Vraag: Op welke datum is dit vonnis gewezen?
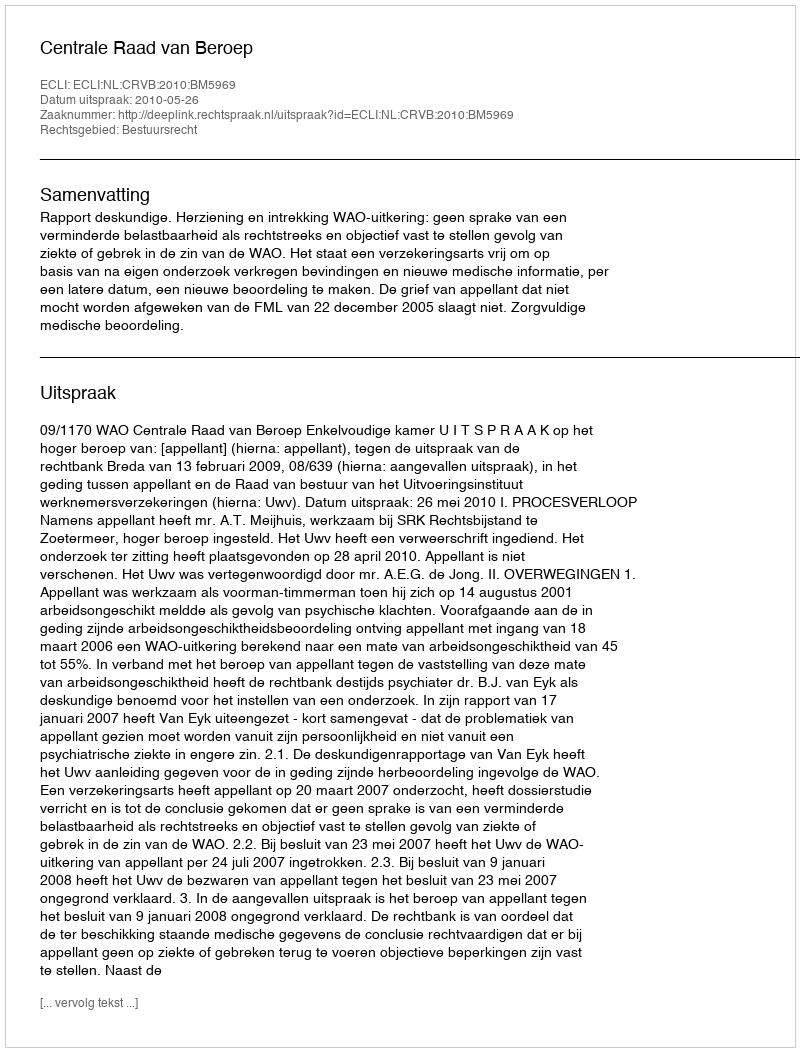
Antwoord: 2010-05-26